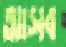
আসব